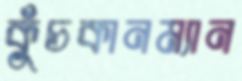
কুঁচকানম্যান